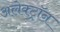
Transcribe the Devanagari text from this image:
अलेक्ट्रॉन